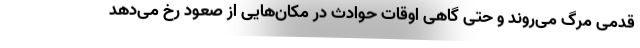
قدمی مرگ می‌روند و حتی گاهی اوقات حوادث در مکان‌هایی از صعود رخ می‌دهد